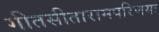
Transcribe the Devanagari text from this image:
गीतसीतारामपरिणयः